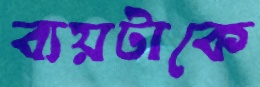
ব্যয়টাকে